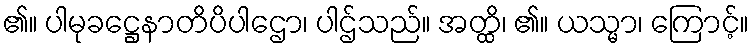
၏။ ပါမုခဋ္ဌေနာတိပိပါဌော၊ ပါဌ်သည်။ အတ္ထိ၊ ၏။ ယသ္မာ၊ ကြောင့်။